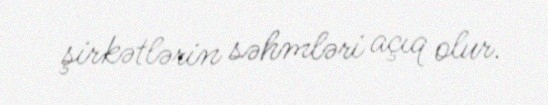
şirkətlərin səhmləri açıq olur.